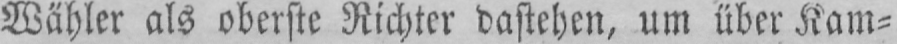
Wähler als oberste Richter dastehen, um über Kam⸗